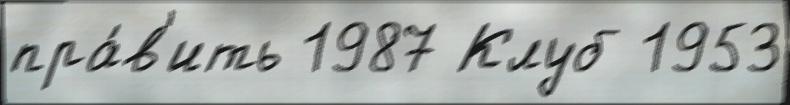
пра́в'ить 1987 Клуб 1953